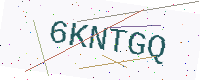
Text: 6KNTGQ